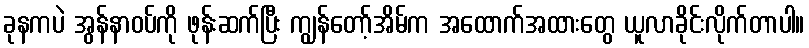
ခုနကပဲ အွန်နာဝပ်ကို ဖုန်းဆက်ပြီး ကျွန်တော့်အိမ်က အထောက်အထားတွေ ယူလာခိုင်းလိုက်တာပါ။